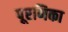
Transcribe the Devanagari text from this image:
पूरणिका